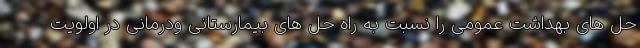
حل های بهداشت عمومی را نسبت به راه حل های بیمارستانی ودرمانی در اولویت